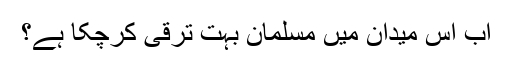
اب اس میدان میں مسلمان بہت ترقی کرچکا ہے؟